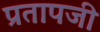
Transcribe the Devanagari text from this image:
प्रतापजी